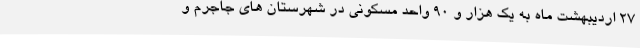
۲۷ اردیبهشت ماه به یک هزار و ۹۰ واحد مسکونی در شهرستان های جاجرم و